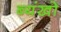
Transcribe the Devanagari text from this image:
ब्यंखो